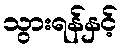
သွားရန်နှင့်